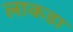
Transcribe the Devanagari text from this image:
लाकडा